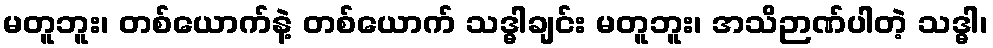
မတူဘူး၊ တစ်ယောက်နဲ့ တစ်ယောက် သဒ္ဓါချင်း မတူဘူး၊ အသိဉာဏ်ပါတဲ့ သဒ္ဓါ၊